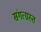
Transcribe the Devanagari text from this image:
संगत्ग्रस्त